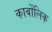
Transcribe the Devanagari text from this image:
कार्बोंलिक